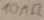
Text: 10MΩ